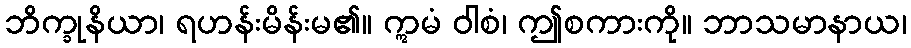
ဘိက္ခုနိယာ၊ ရဟန်းမိန်းမ၏။ ဣမံ ဝါစံ၊ ဤစကားကို။ ဘာသမာနာယ၊